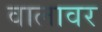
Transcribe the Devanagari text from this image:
वालावर